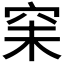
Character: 𥥘